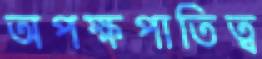
অপক্ষপাতিত্ব